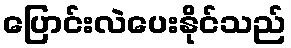
ပြောင်းလဲပေးနိုင်သည်